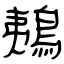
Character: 鴺